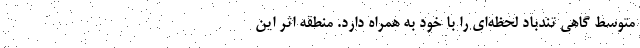
متوسط گاهی تندباد لحظه‌ای را با خود به همراه دارد. منطقه اثر این‌